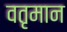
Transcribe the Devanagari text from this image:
वतृमान